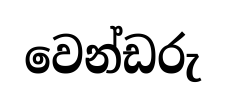
වෙන්ඩරු